Vaccination in the Punjab 1919-1929 - 1919-1929
Year: 1919
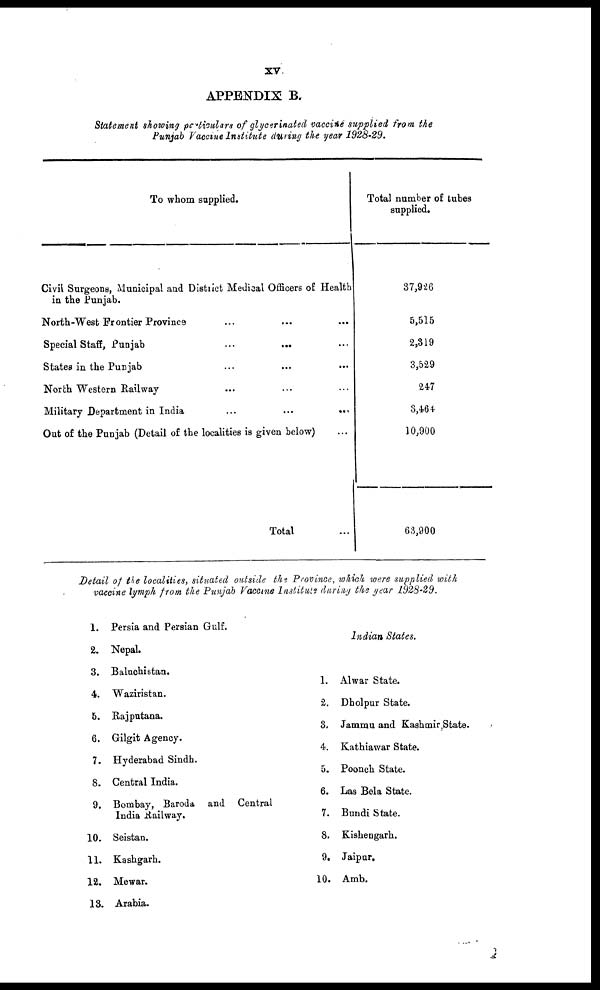
xv
APPENDIX B.
Statement showing particulars of glycerinated vaccine supplied from the
Punjab Vaccine Institute during the year 1928-29.
To whom supplied.
Civil Surgeons, Municipal and District Medical Officers of Health
in the Punjab.
North-West Frontier Province ... ... ...
Special Staff, Punjab ... ... ...
States in the Punjab ... ... ...
North Western Railway ... ... ...
Military Department in India
...
...
...
Out of the Punjab (Detail of the localities is given below) ...
Total ...
Total number of tubes
supplied.
37,926
5,515
2,319
3,529
247
3,464
10,900
63,900
Detail of the localities, situated outside the Province, which were supplied with
vaccine lymph from the Punjab Vaccine Institute during the year 1928-29.
1.
2.
3.
4.
5.
6.
7.
8.
9.
10.
11.
12.
13.
Persia and Persian Gulf.
Nepal.
Baluchistan.
Waziristan.
Rajputana.
Gilgit Agency.
Hyderabad Sindh.
Central India.
Bombay, Baroda and Central
India Railway.
Seistan.
Kashgarh.
Mewar.
Arabia.
1.
2.
3.
4.
5.
6.
7.
8.
9.
10.
Indian States.
Alwar State.
Dholpur State.
Jammu and Kashmir State.
Kathiawar State.
Poonch State.
Las Bela State.
Bundi State.
Kishengarh.
Jaipur.
Amb.